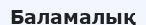
Баламалық